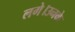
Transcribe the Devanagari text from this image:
लगे।उनके